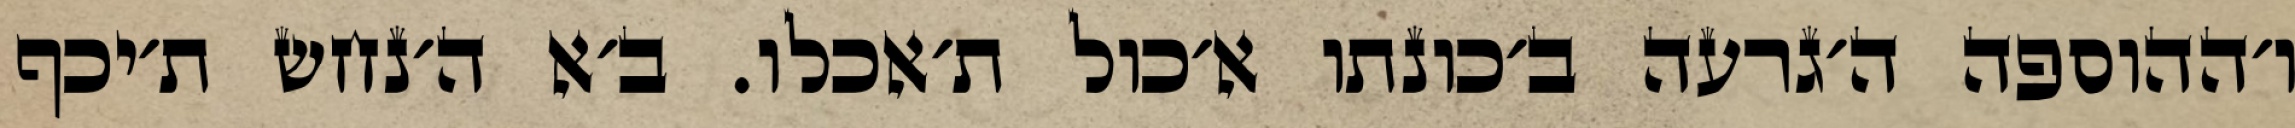
ו׳ההוספה ה׳גרעה ב׳כונתו א׳כול ת׳אכלו. ב׳א ה׳נחש ת׳יכף